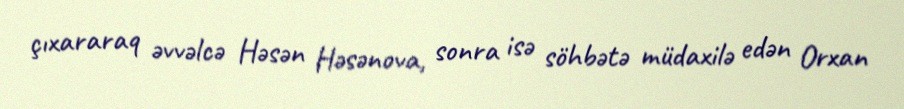
çıxararaq əvvəlcə Həsən Həsənova, sonra isə söhbətə müdaxilə edən Orxan